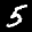
Label: 5